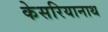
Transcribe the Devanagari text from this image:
केसरियानाथ